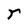
Character: r